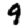
Digit: 9